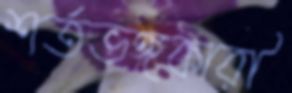
শর্তভঙ্গকারী